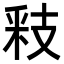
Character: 𮡏